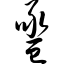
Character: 卺